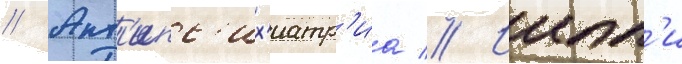
// Ант'ипс'их'иатр'иа // Иипп'и